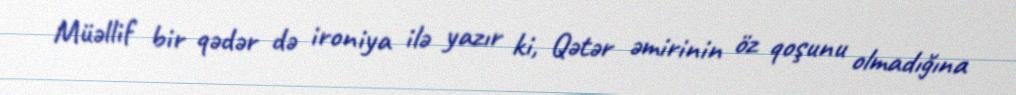
Müəllif bir qədər də ironiya ilə yazır ki, Qətər əmirinin öz qoşunu olmadığına